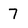
Character: 7